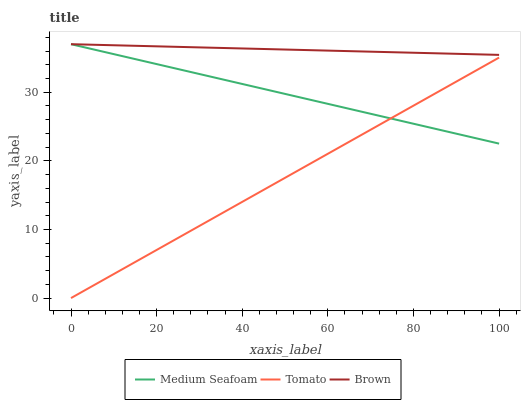
| xaxis_label | Medium Seafoam | Tomato | Brown |
 | --- | --- | --- | --- |
 | 0 | 37 | 0 | 37 |
 | 14.3 | 34.9 | 5.01 | 36.8 |
 | 28.6 | 32.9 | 10 | 36.6 |
 | 42.9 | 30.8 | 15 | 36.3 |
 | 57.1 | 28.7 | 20 | 36.1 |
 | 71.4 | 26.7 | 25 | 35.9 |
 | 85.7 | 24.6 | 30 | 35.7 |
 | 100 | 22.5 | 35.1 | 35.4 |